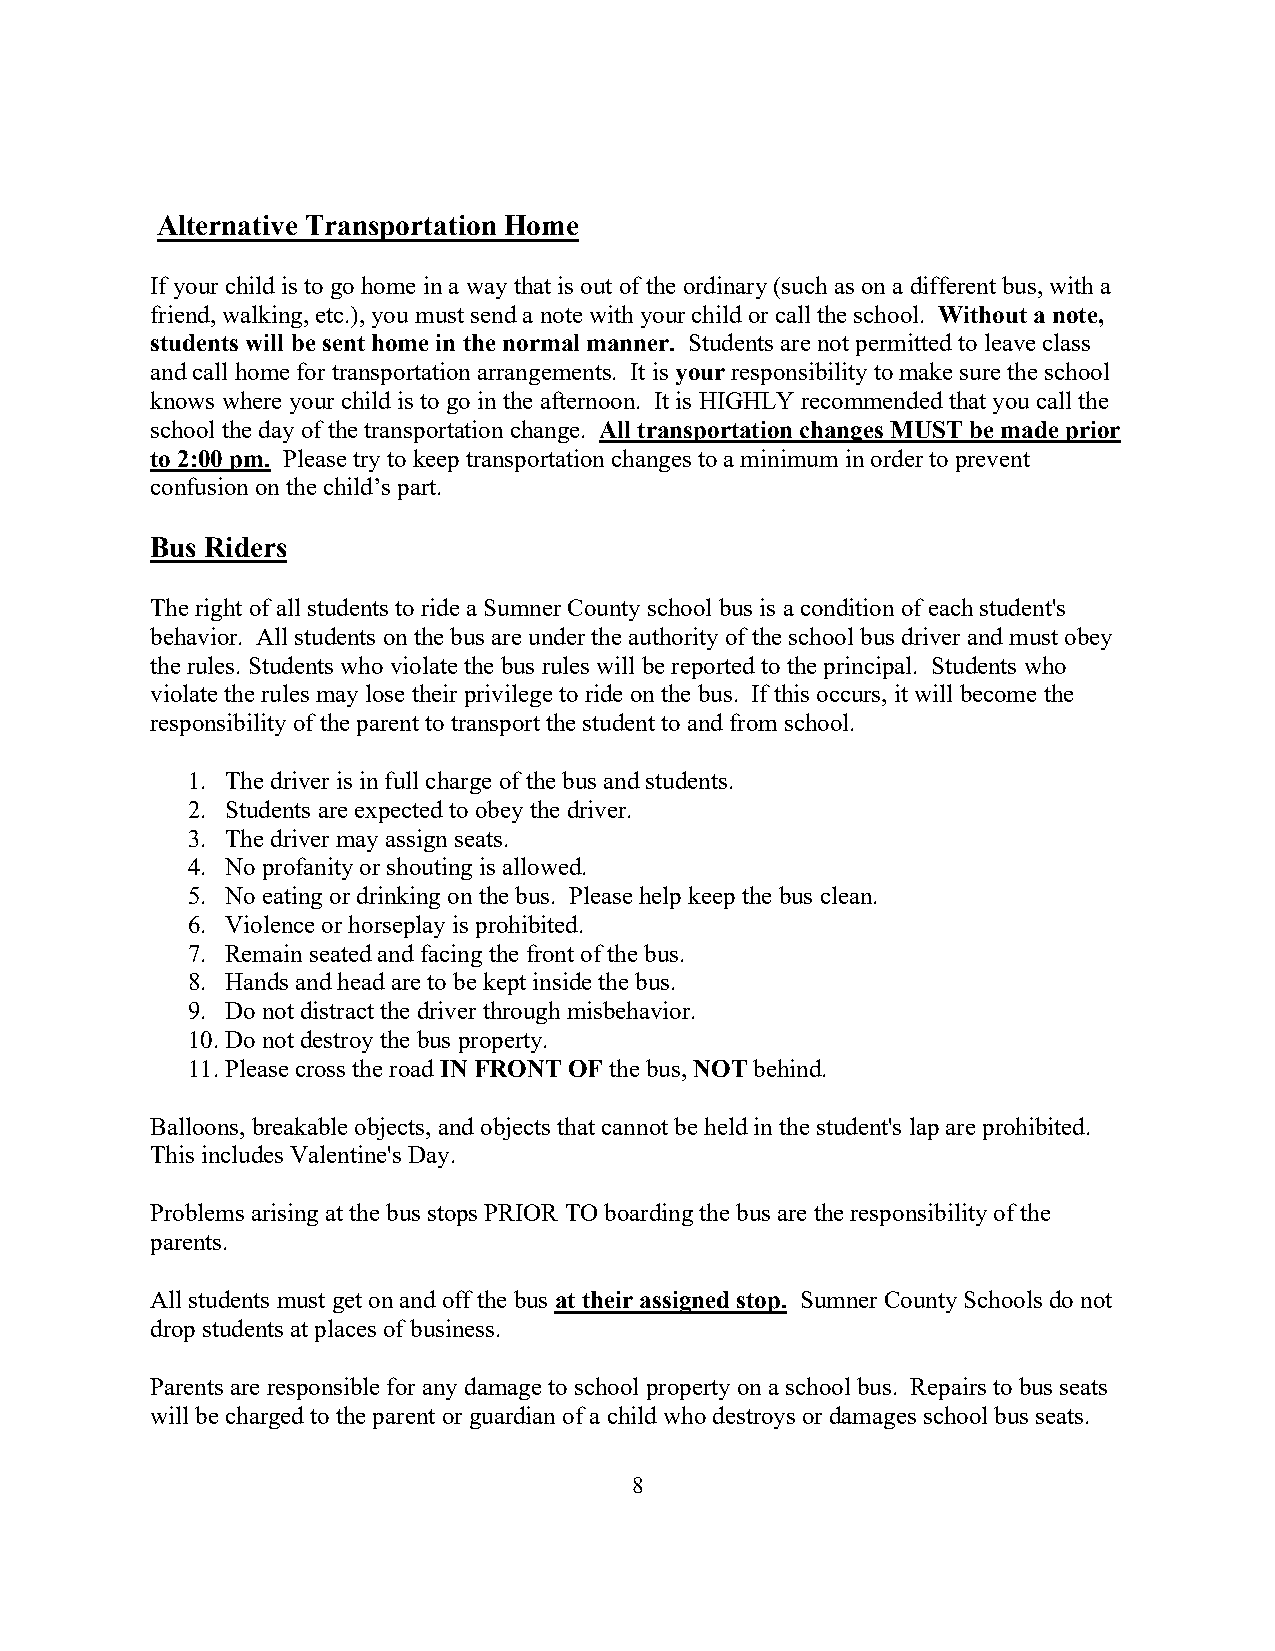
Alternative Transportation Home
 If your child is to go home in a way that is out of the ordinary (such as on a different bus, with a
 friend, walking, etc.), you must send a note with your child or call the school. Without a note,
 students will be sent home in the normal manner. Students are not permitted to leave class
 and call home for transportation arrangements. It is your responsibility to make sure the school
 knows where your child is to go in the afternoon. It is HIGHLY recommended that you call the
 school the day of the transportation change. All transportation changes MUST be made prior
 to 2:00 pm. Please try to keep transportation changes to a minimum in order to prevent
 confusion on the child’s part.
 Bus Riders
 The right of all students to ride a Sumner County school bus is a condition of each student's
 behavior. All students on the bus are under the authority of the school bus driver and must obey
 the rules. Students who violate the bus rules will be reported to the principal. Students who
 violate the rules may lose their privilege to ride on the bus. If this occurs, it will become the
 responsibility of the parent to transport the student to and from school.
 1. The driver is in full charge of the bus and students.
 2. Students are expected to obey the driver.
 3. The driver may assign seats.
 4. No profanity or shouting is allowed.
 5. No eating or drinking on the bus. Please help keep the bus clean.
 6. Violence or horseplay is prohibited.
 7. Remain seated and facing the front of the bus.
 8. Hands and head are to be kept inside the bus.
 9. Do not distract the driver through misbehavior.
 10. Do not destroy the bus property.
 11. Please cross the road IN FRONT OF the bus, NOT behind.
 Balloons, breakable objects, and objects that cannot be held in the student's lap are prohibited.
 This includes Valentine's Day.
 Problems arising at the bus stops PRIOR TO boarding the bus are the responsibility of the
 parents.
 All students must get on and off the bus at their assigned stop. Sumner County Schools do not
 drop students at places of business.
 Parents are responsible for any damage to school property on a school bus. Repairs to bus seats
 will be charged to the parent or guardian of a child who destroys or damages school bus seats.
 8